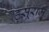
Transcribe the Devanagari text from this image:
हसूराम